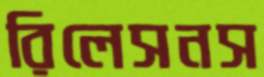
রিলেসনস